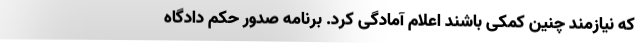
که نیازمند چنین کمکی باشند اعلام آمادگی کرد. برنامه صدور حکم دادگاه